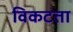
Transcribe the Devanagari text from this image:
विकटता